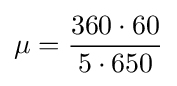
\mu ={\frac {360\cdot 60}{5\cdot 650}}